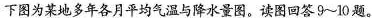
下图为某地多年各月平均气温与降水量图。读图回答9~10题。